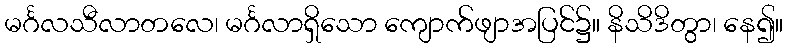
မင်္ဂလသီလာတလေ၊ မင်္ဂလာရှိသော ကျောက်ဖျာအပြင်၌။ နိသိဒိတွာ၊ နေ၍။